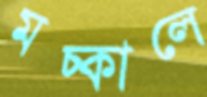
মচ্‌কালে